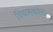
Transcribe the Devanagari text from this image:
विकसकांना